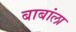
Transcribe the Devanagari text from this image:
बाबांला